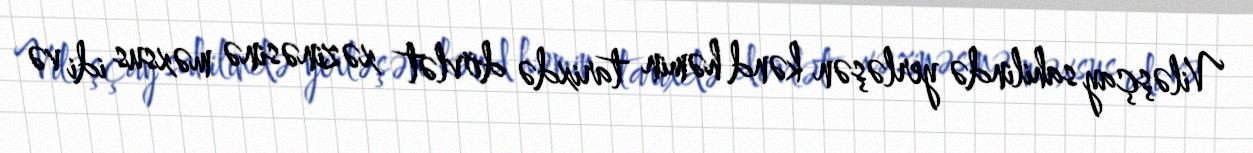
Viləşçay sahilində yerləşən kənd həmin tarixdə dövlət xəzinəsinə məxsus idi və